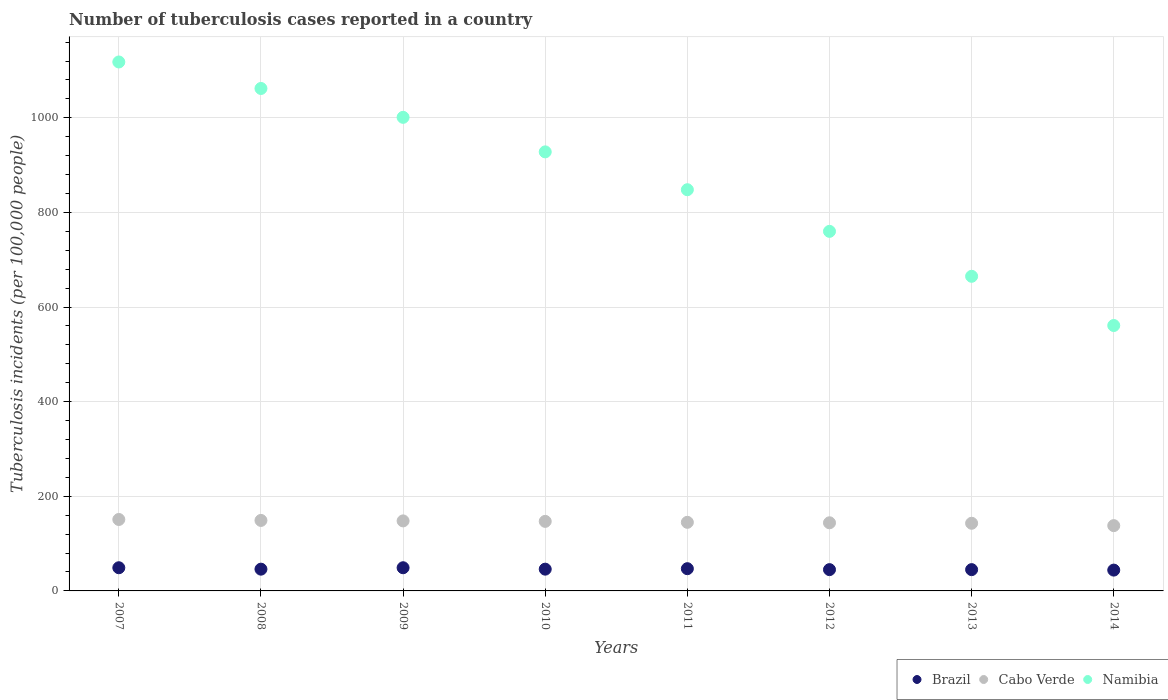
| Years | Brazil | Cabo Verde | Namibia |
 | --- | --- | --- | --- |
 | 2007 | 49 | 151 | 1.12e+03 |
 | 2008 | 46 | 149 | 1.06e+03 |
 | 2009 | 49 | 148 | 1e+03 |
 | 2010 | 46 | 147 | 928 |
 | 2011 | 47 | 145 | 848 |
 | 2012 | 45 | 144 | 760 |
 | 2013 | 45 | 143 | 665 |
 | 2014 | 44 | 138 | 561 |